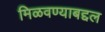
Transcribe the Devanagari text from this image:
मिळवण्याबद्दल